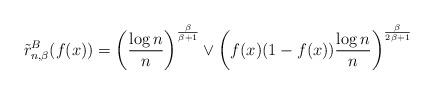
LaTeX: \begin{align*}\tilde{r}_{n,\beta}^B (f(x)) = \left( \frac{\log n}{n} \right)^{\frac{\beta}{\beta+1}} \vee \left( f(x)(1-f(x))\frac{ \log n}{n} \right)^{\frac{\beta}{2\beta+1}} \end{align*}